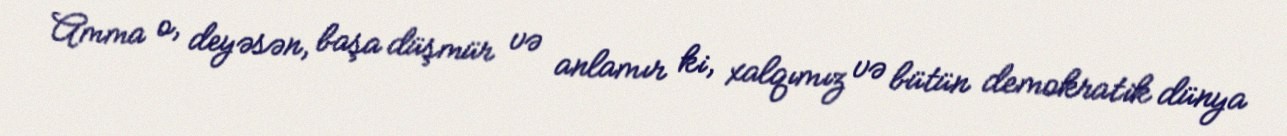
Amma o, deyəsən, başa düşmür və anlamır ki, xalqımız və bütün demokratik dünya